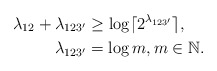
\begin{align*}\lambda_{12}+\lambda_{123'} &\geq \log \lceil 2^{\lambda_{123'}} \rceil,\\ \lambda_{123'}&=\log m, m\in \mathbb{N}.\end{align*}